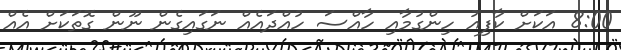
8:00 އަކަށް ކާފިއު ހިންގުމާއި ހާއްސަ ހުއްދައެއް ނަގައިގެން ނޫން ގޮތަކަށް އެއް